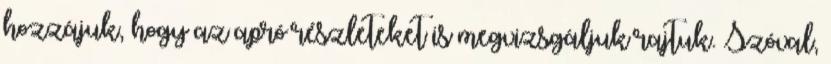
hozzájuk, hogy az apró részleteket is megvizsgáljuk rajtuk. Szóval,